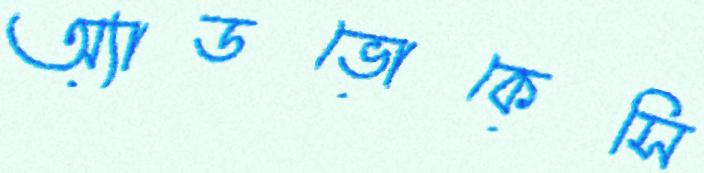
অ্যাডভোকেসি